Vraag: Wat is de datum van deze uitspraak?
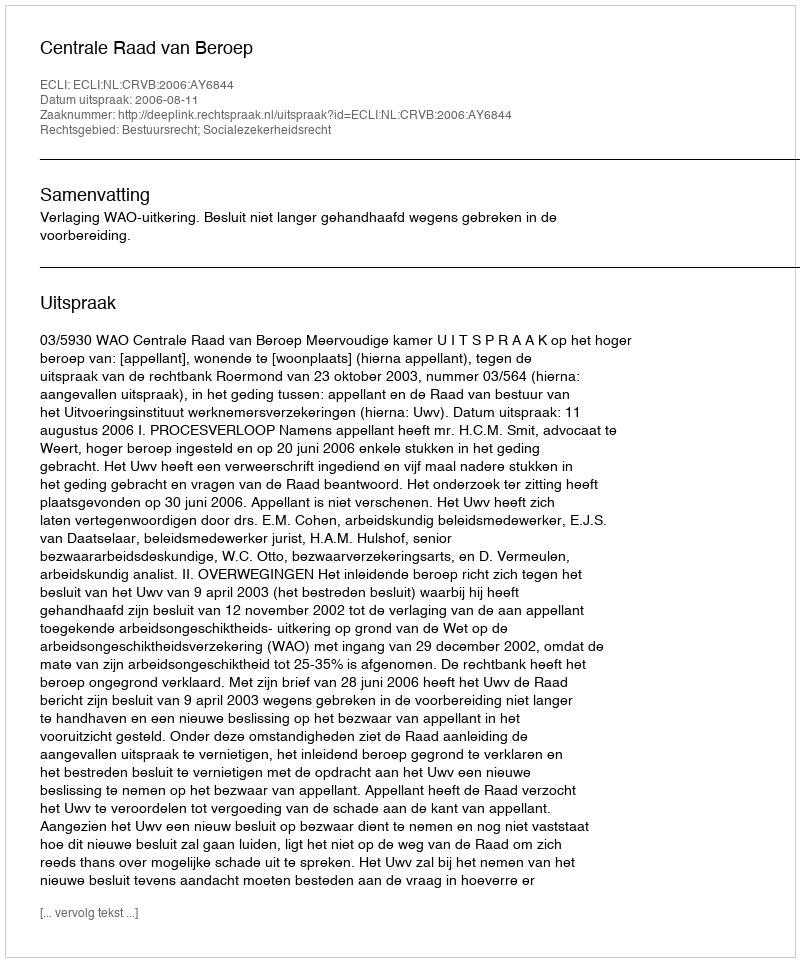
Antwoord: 2006-08-11